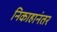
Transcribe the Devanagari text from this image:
निकाहानंतर